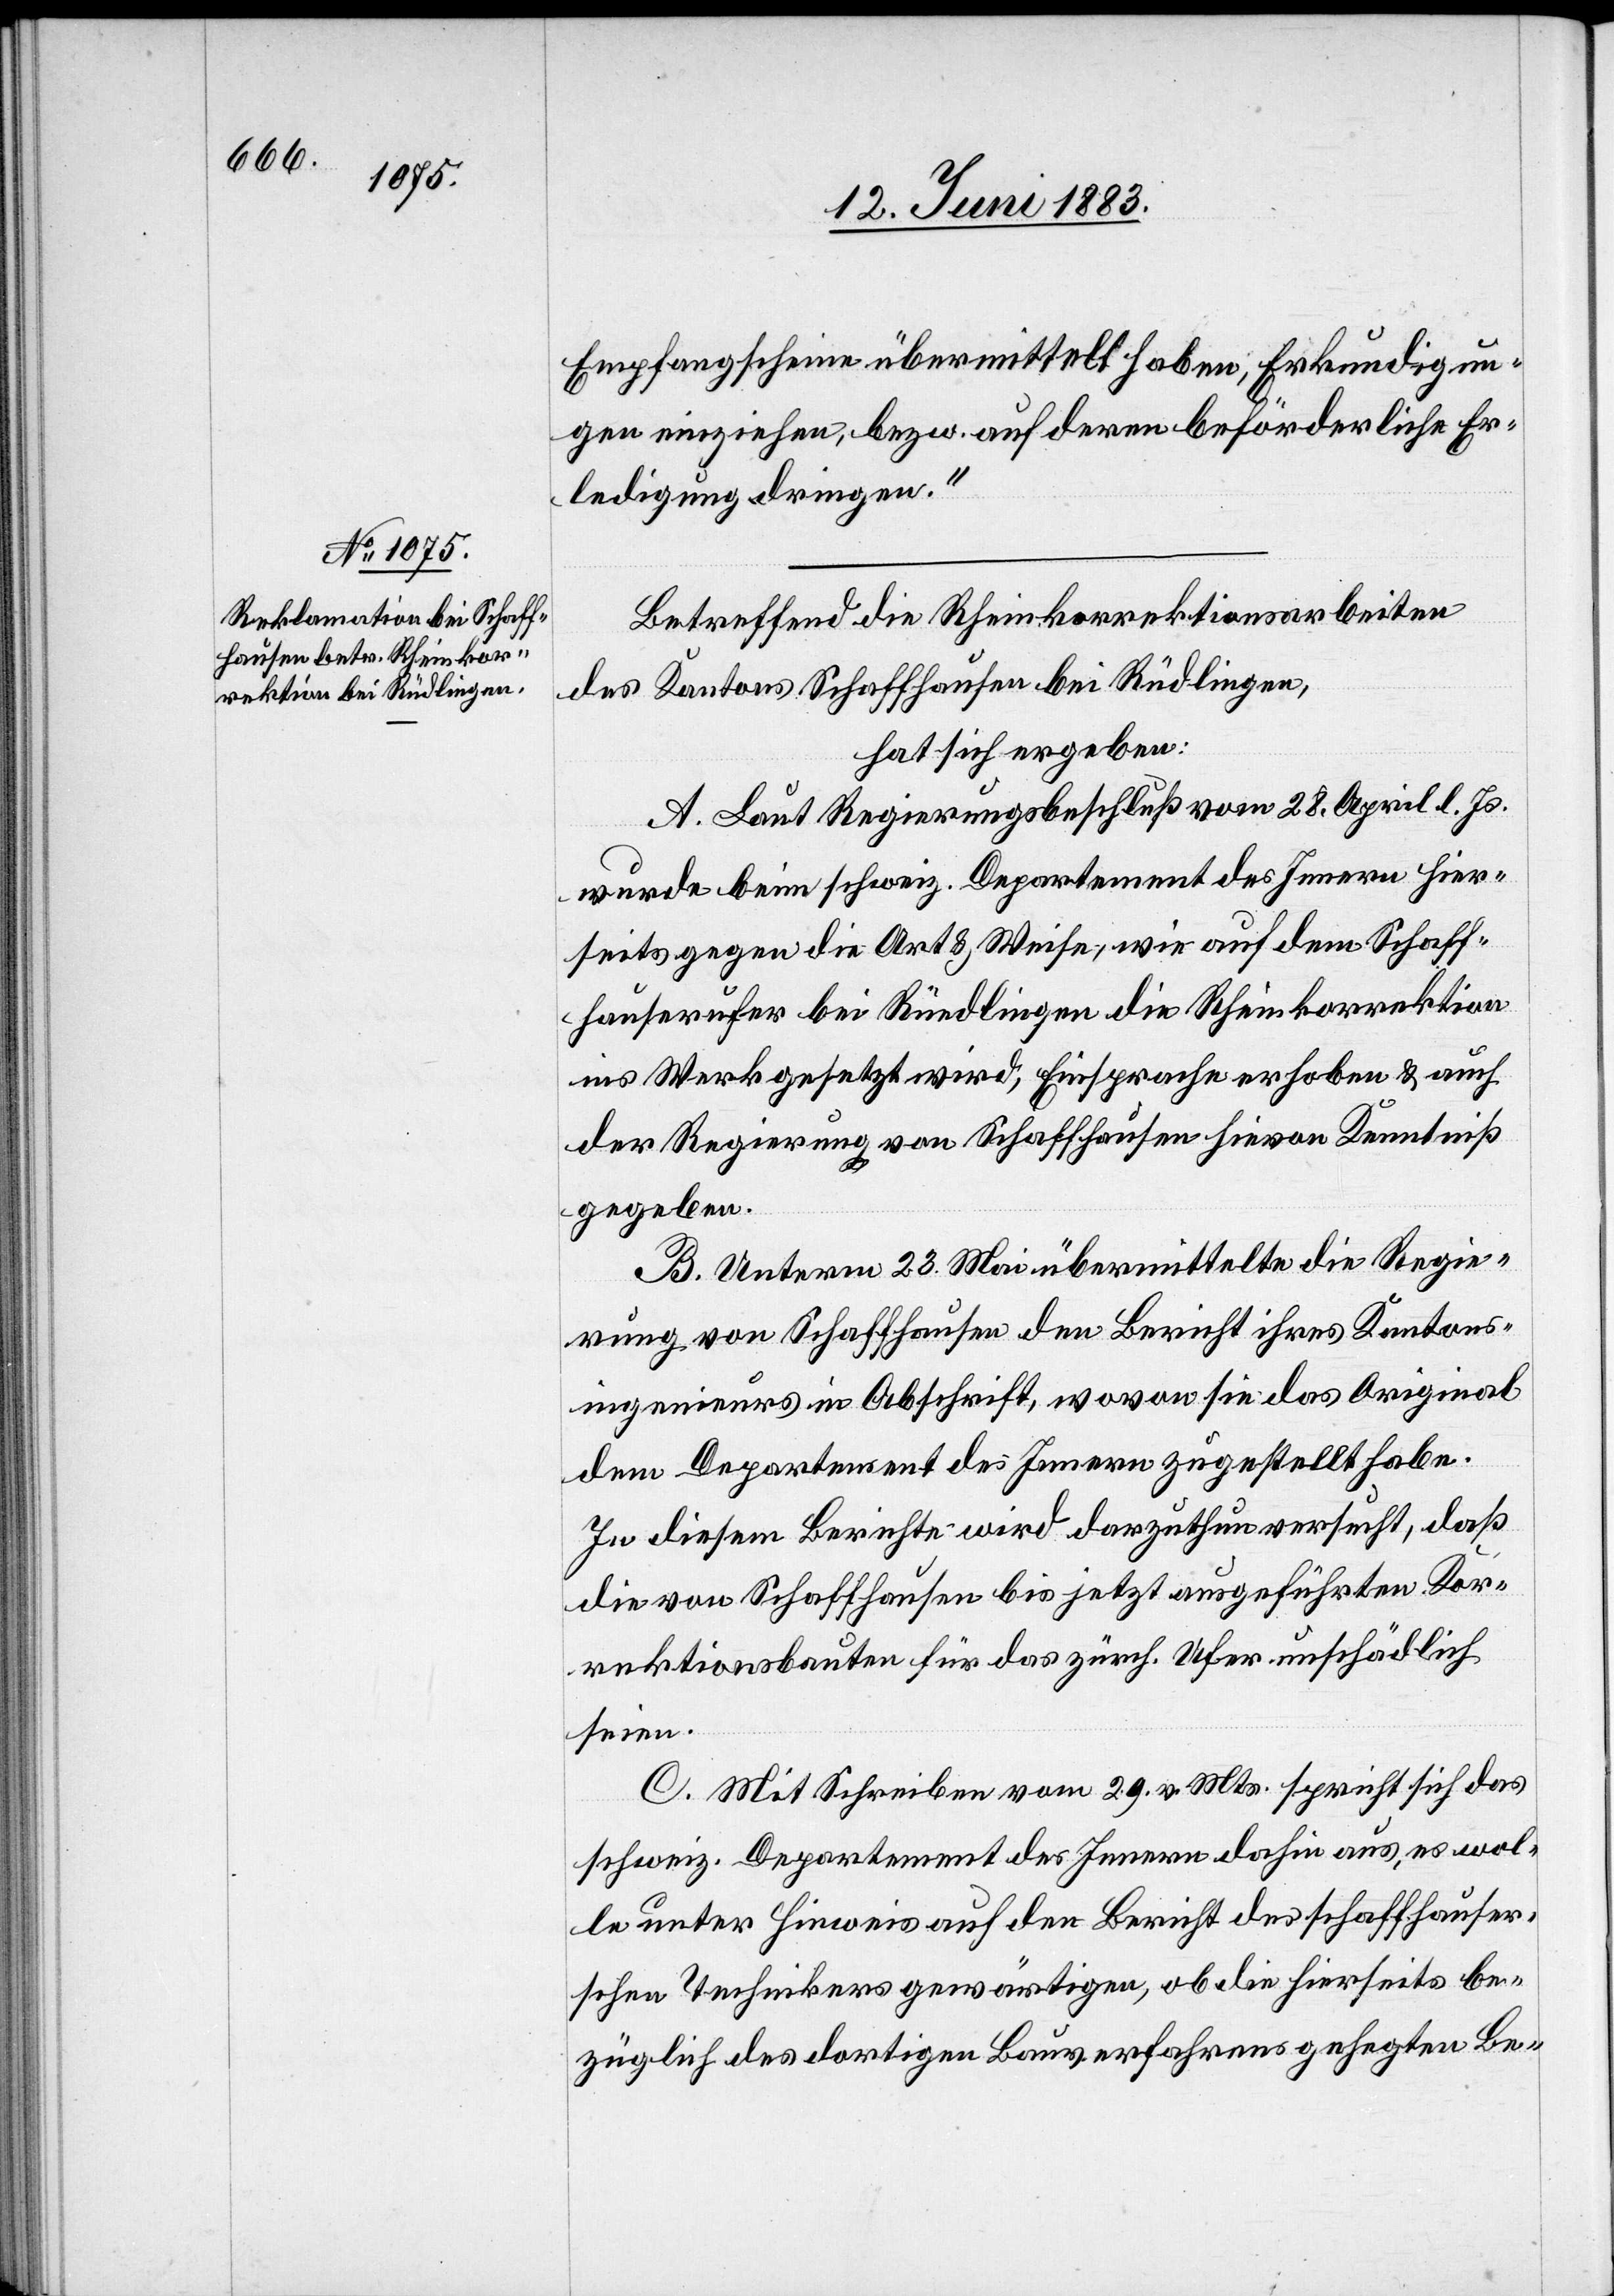
Empfangschein übermittelt haben, Erkundigun¬
gen einziehen, bezw. auf deren beförderliche Er¬
ledigung dringen.“
Betreffend die Rheinkorrektionsarbeiten
des Kantons Schaffhausen bei Rüdlingen,
hat sich ergeben:
A. Laut Regierungsbeschluß vom 28. April l. Js.
wurde beim schweiz. Departement des Innern hier¬
seits gegen die Art & Weise, wie auf dem Schaff¬
hauserufer bei Rüedlingen [sic!] die Rheinkorrektion
ins Werk gesetzt wird, Einsprache erhoben & auch
der Regierung von Schaffhausen hievon Kenntniß
gegeben.
B. Unterm 23. Mai übermittelte die Regie¬
rung von Schaffhausen den Bericht ihres Kantons¬
ingenieurs in Abschrift, wovon sie das Original
dem Departement des Innern zugestellt habe.
In diesem Berichte wird darzuthun versucht, daß
die von Schaffhausen bis jetzt ausgeführten Kor¬
rektionsbauten für das zürch. Ufer unschädlich
seien.
C. Mit Schreiben vom 29. v. Mts. spricht sich das
schweiz. Departement des Innern dahin aus, es wol¬
le unter Hinweis auf den Bericht des schaffhauser¬
schen Technikers gewärtigen, ob die hierseits be¬
züglich des dortigen Bauverfahrens gehegten Be-